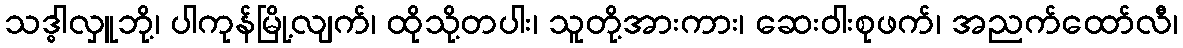
သဒ္ဓါလှူဘို့၊ ပါကုန်မြို့လျက်၊ ထိုသို့တပါး၊ သူတို့အားကား၊ ဆေးဝါးစုဖက်၊ အညက်ထော်လီ၊